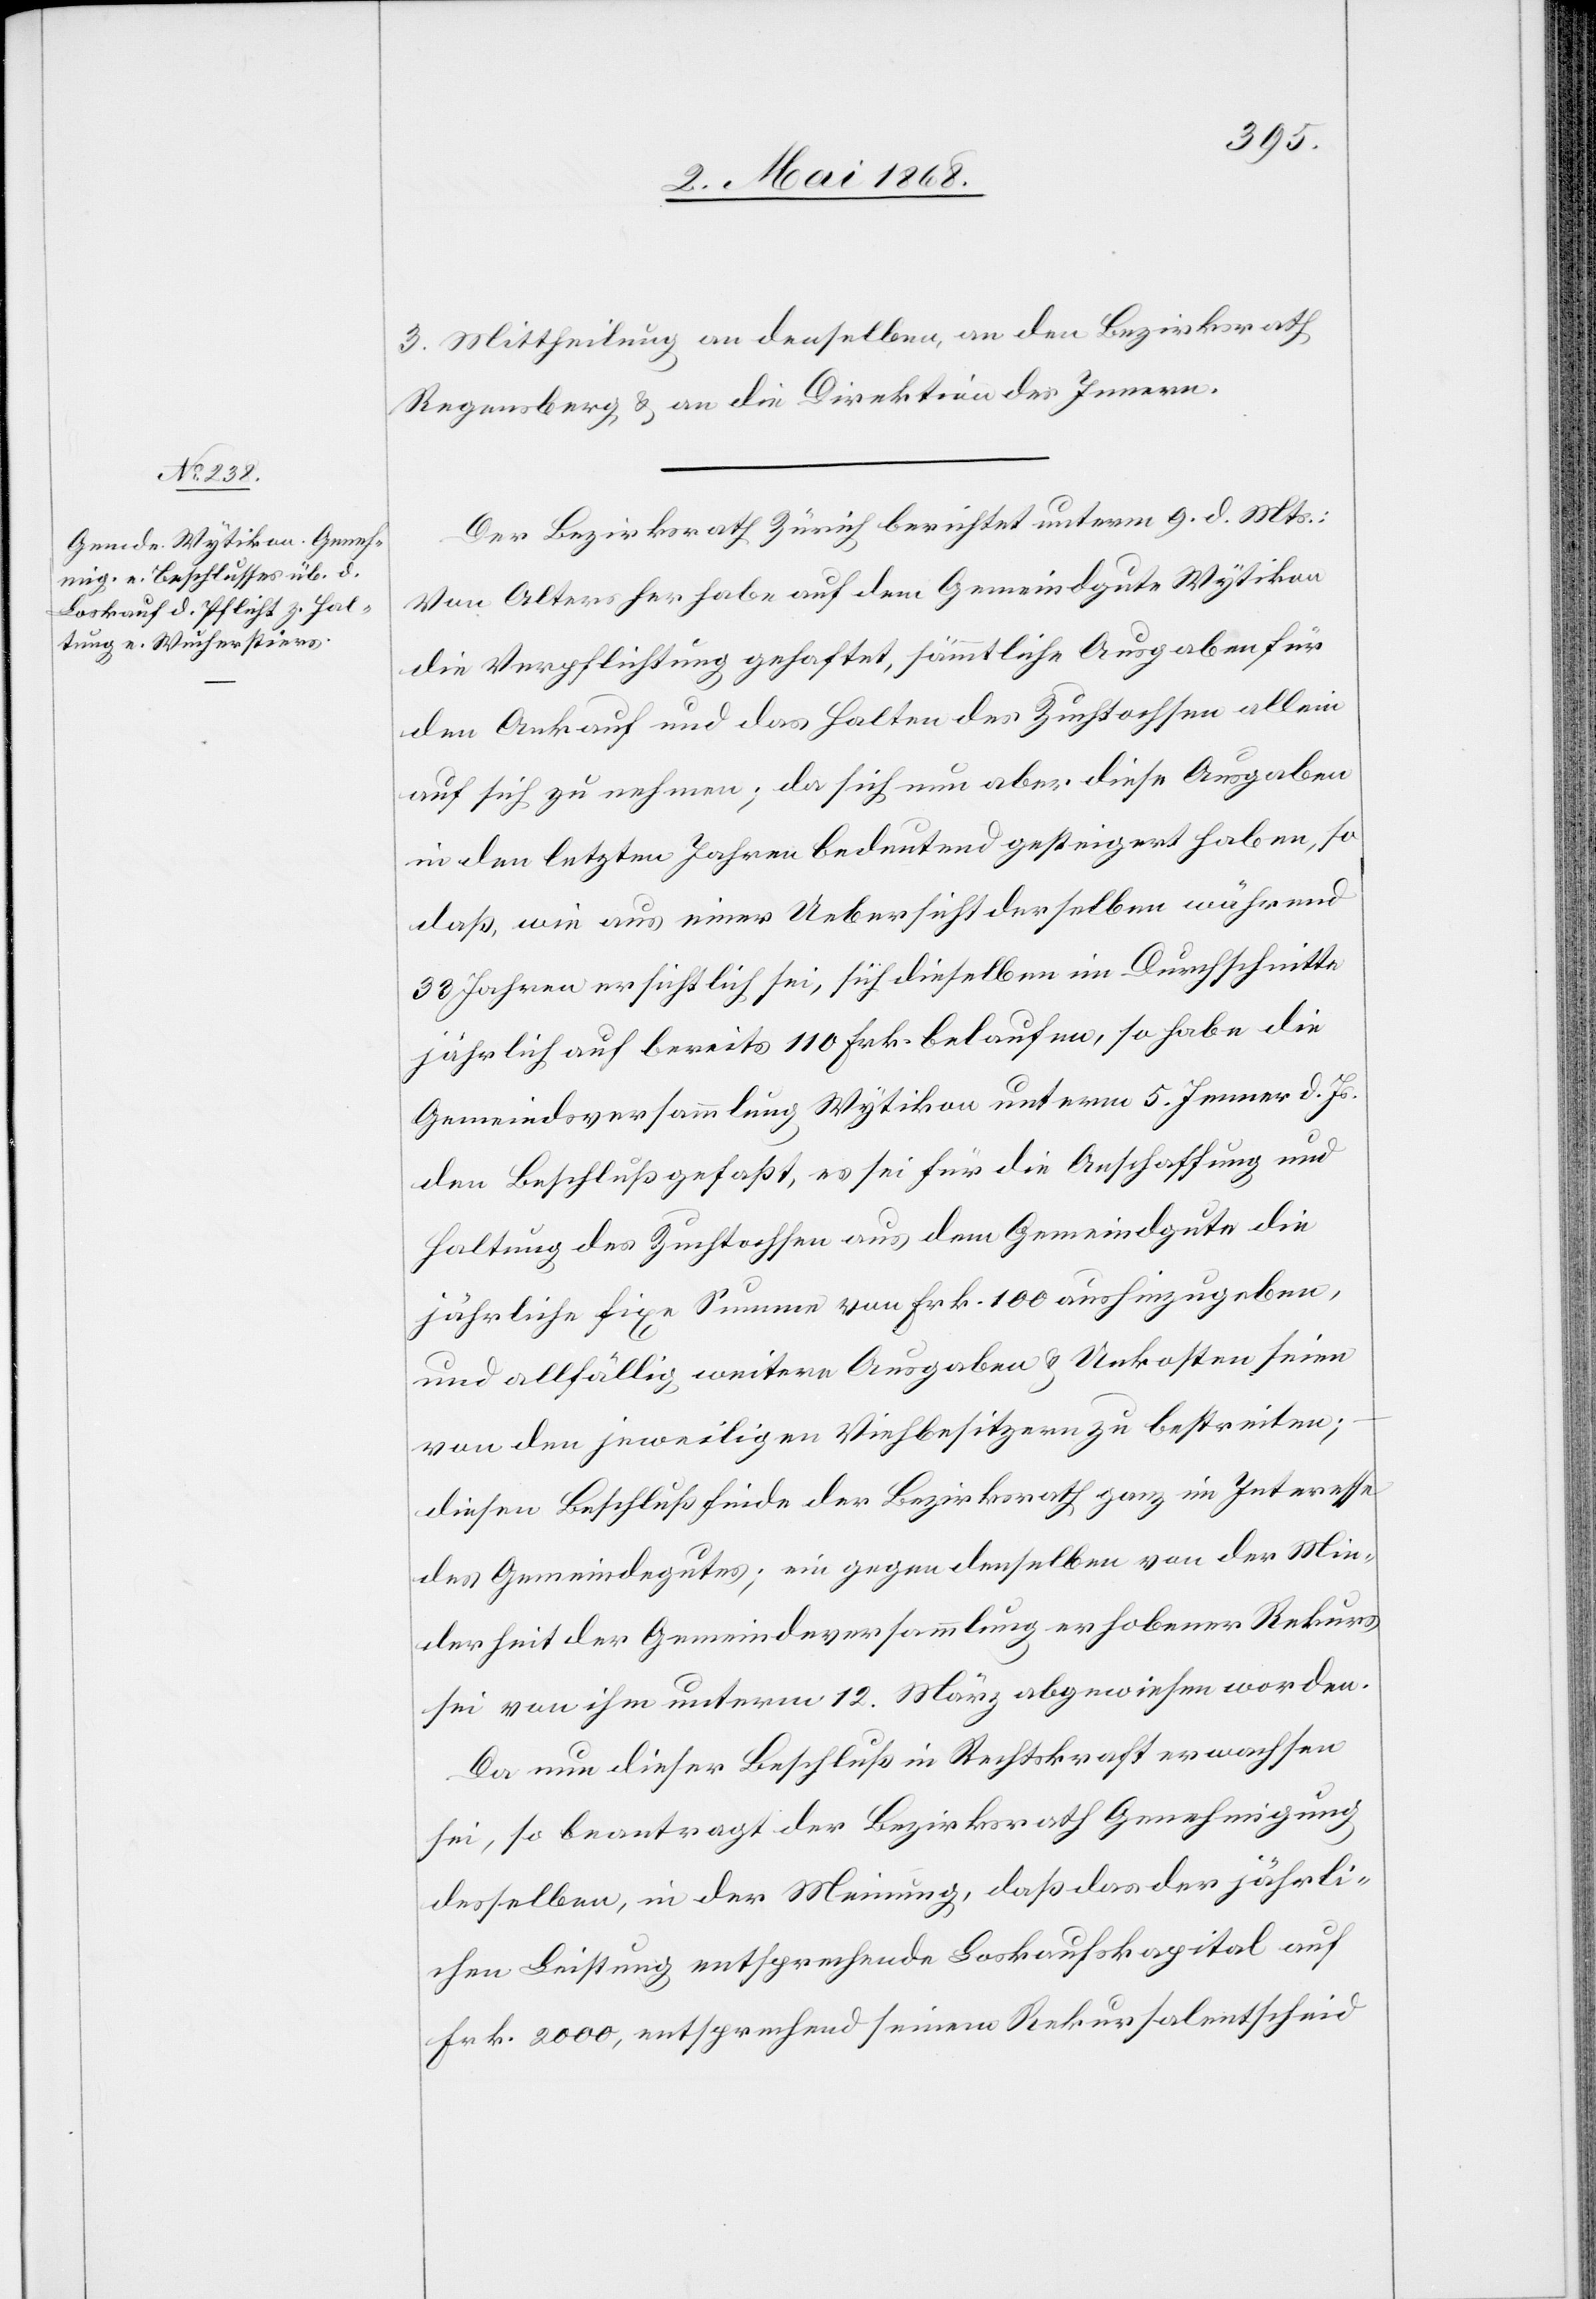
3. Mittheilung an denselben, an den Bezirksrath
Regensberg & an die Direktion des Innern.
Der Bezirksrath Zürich berichtet unterm 9. d. Mts.:
Von Alters her habe auf dem Gemeindgute Wytikon
die Verpflichtung gehaftet, sämmtliche Ausgaben für
den Ankauf und das Halten des Zuchtochsen allein
auf sich zu nehmen; da sich nun aber diese Ausgaben
in den letzten Jahren bedeutend gesteigert haben, so
daß, wie aus einer Uebersicht derselben während
33 Jahren ersichtlich sei, sich dieselben im Durchschnitte
jährlich auf bereits 110 Frk. belaufen, so habe die
Gemeindsversammlung Wytikon unterm 5. Jenner d. Js.
den Beschluß gefaßt, es sei für die Anschaffung und
Haltung des Zuchtochsen aus dem Gemeindgute die
jährliche fixe Summe von Frk. 100 aushinzugeben,
und allfällig weitere Ausgaben & Unkosten seien
von den jeweiligen Viehbesitzern zu bestreiten;
diesen Beschluß finde der Bezirksrath ganz im Interesse
des Gemeindegutes; ein gegen denselben von der Min¬
derheit der Gemeindeversammlung erhobener Rekurs
sei von ihm unterm 12. März abgewiesen worden.
Da nun dieser Beschluß in Rechtskraft erwachsen
sei, so beantragt der Bezirksrath Genehmigung
desselben, in der Meinung, daß das der jährli¬
chen Leistung entsprechende Loskaufskapital auf
Frk. 2000, entsprechend seinem Rekursalentscheid